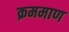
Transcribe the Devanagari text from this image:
क्रममाण